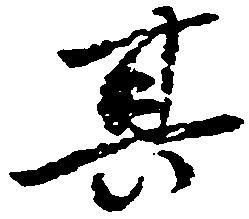
其